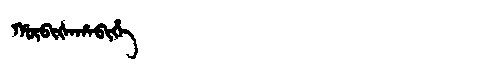
Manchu: ᡥᡡᠪᡳᡧᠠᡥᠠᠪᡳᡥᡝ
Romanization: HŪBIŠAHABIHE